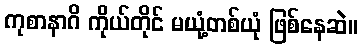
ကုစာနာဂိ ကိုယ်တိုင် မယုံ့တစ်ယုံ ဖြစ်နေဆဲ။